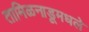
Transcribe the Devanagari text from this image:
तामिळनाडूमधले